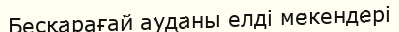
Бесқарағай ауданы елді мекендері